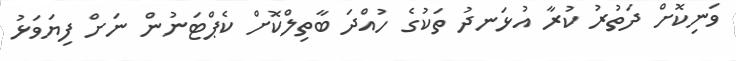
ވަނިކޮށް ދަތުރު ކުރާ އުޅަނދު ތަކުގެ ހުއްދަ ބާތިލްކޮށް ކެޕްޓަނުން ނަށް ފިޔަވަޅު